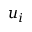
u _ { i }